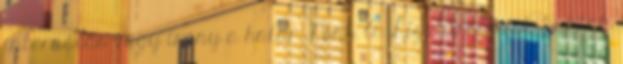
internálás vagy irány a határ. Pont. A Ligetdrogozók buktak